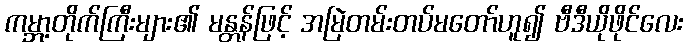
ကမ္ဘာ့တိုက်ကြီးများ၏ မန္တန်ဖြင့် အမြဲတမ်းတပ်မတော်ဟူ၍ ဗီဒီယိုဖိုင်လေး